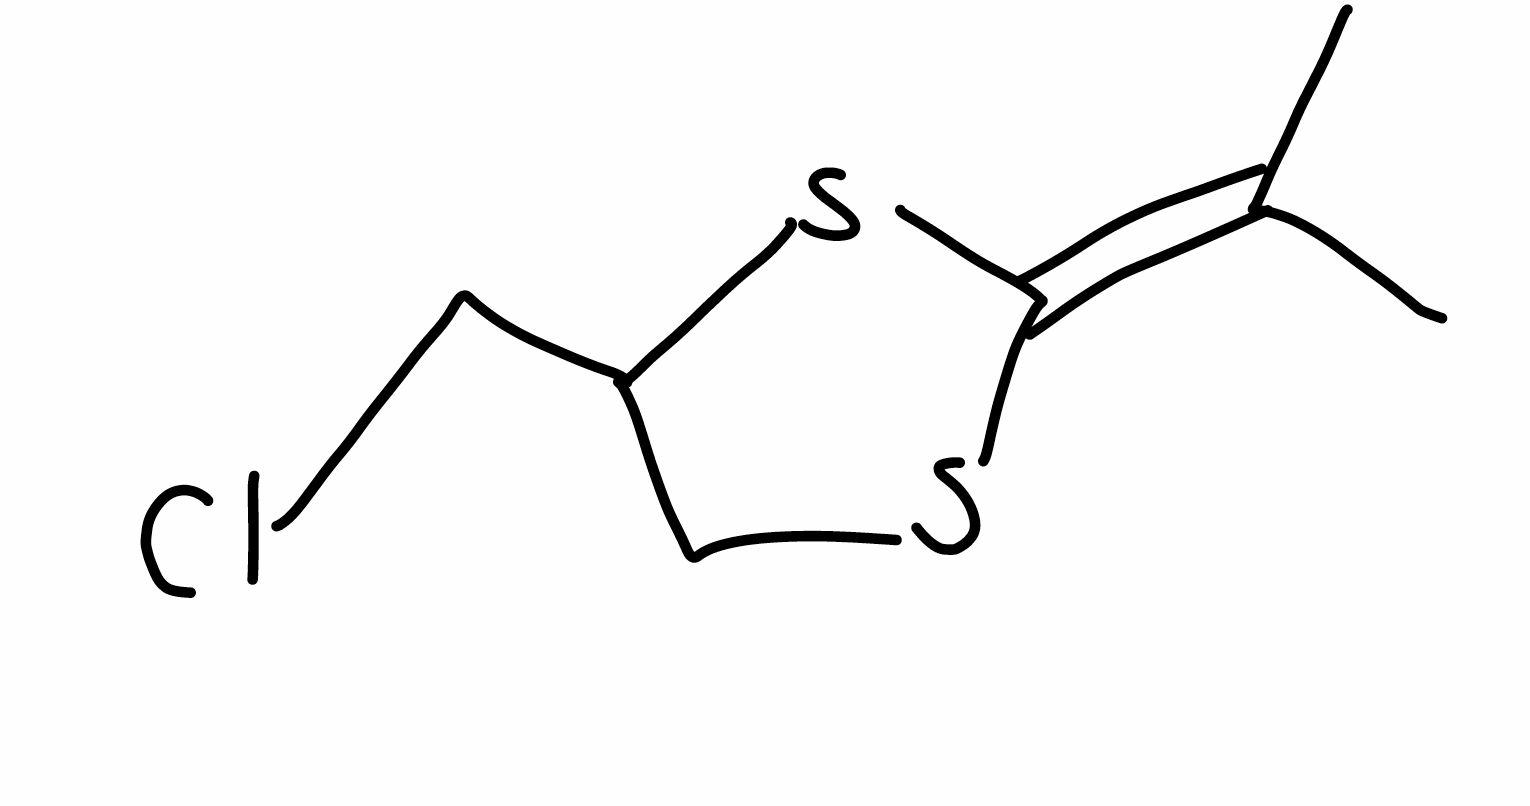
Simplified molecular-input line-entry system (SMILES) notation of the given molecule:
CC(=C1SCC(S1)CCl)C